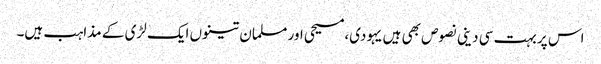
اس پر بہت سی دینی نصوص بھی ہیں یہودی،مسیحی اور مسلمان تینوں ایک لڑی کے مذاہب ہیں۔